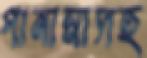
পানামাসহ